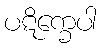
ပဋိက္ခေပါ